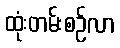
ထုံးတမ်းစဉ်လာ